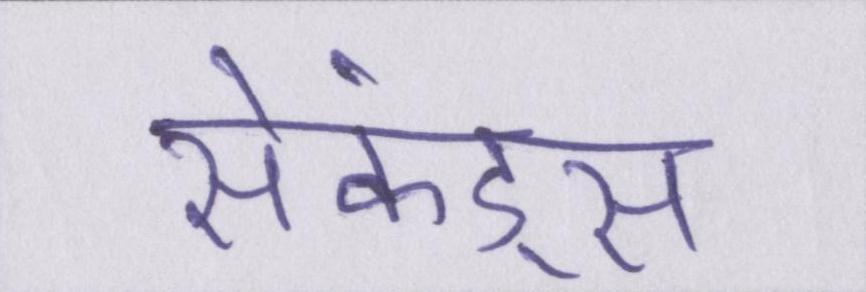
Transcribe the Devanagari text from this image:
सेकंड्स